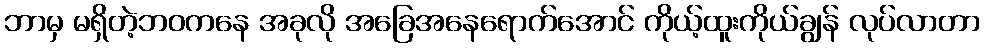
ဘာမှ မရှိတဲ့ဘဝကနေ အခုလို အခြေအနေရောက်အောင် ကိုယ့်ထူးကိုယ်ချွန် လုပ်လာတာ